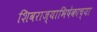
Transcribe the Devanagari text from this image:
शिवराज्याभिषेकाच्या